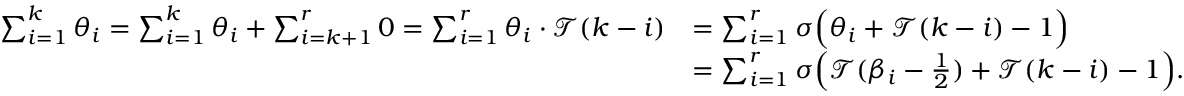
\begin{array} { r l } { \sum _ { i = 1 } ^ { k } \theta _ { i } = \sum _ { i = 1 } ^ { k } \theta _ { i } + \sum _ { i = k + 1 } ^ { r } 0 = \sum _ { i = 1 } ^ { r } \theta _ { i } \cdot { \mathcal { T } } ( k - i ) } & { = \sum _ { i = 1 } ^ { r } \sigma \Big ( \theta _ { i } + { \mathcal { T } } ( k - i ) - 1 \Big ) } \\ & { = \sum _ { i = 1 } ^ { r } \sigma \Big ( { \mathcal { T } } ( \beta _ { i } - \frac { 1 } { 2 } ) + { \mathcal { T } } ( k - i ) - 1 \Big ) . } \end{array}